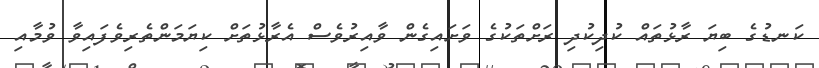
ކަނޑުގެ ބިޔަ ރާޅުތައް ކުދިކުދި ރަށްތަކުގެ ވަށައިގެން ވާއިރުވެސް އެރާޅުތަށް ކިޔަމަންތެރިވެފައިވާ ވުމާއި